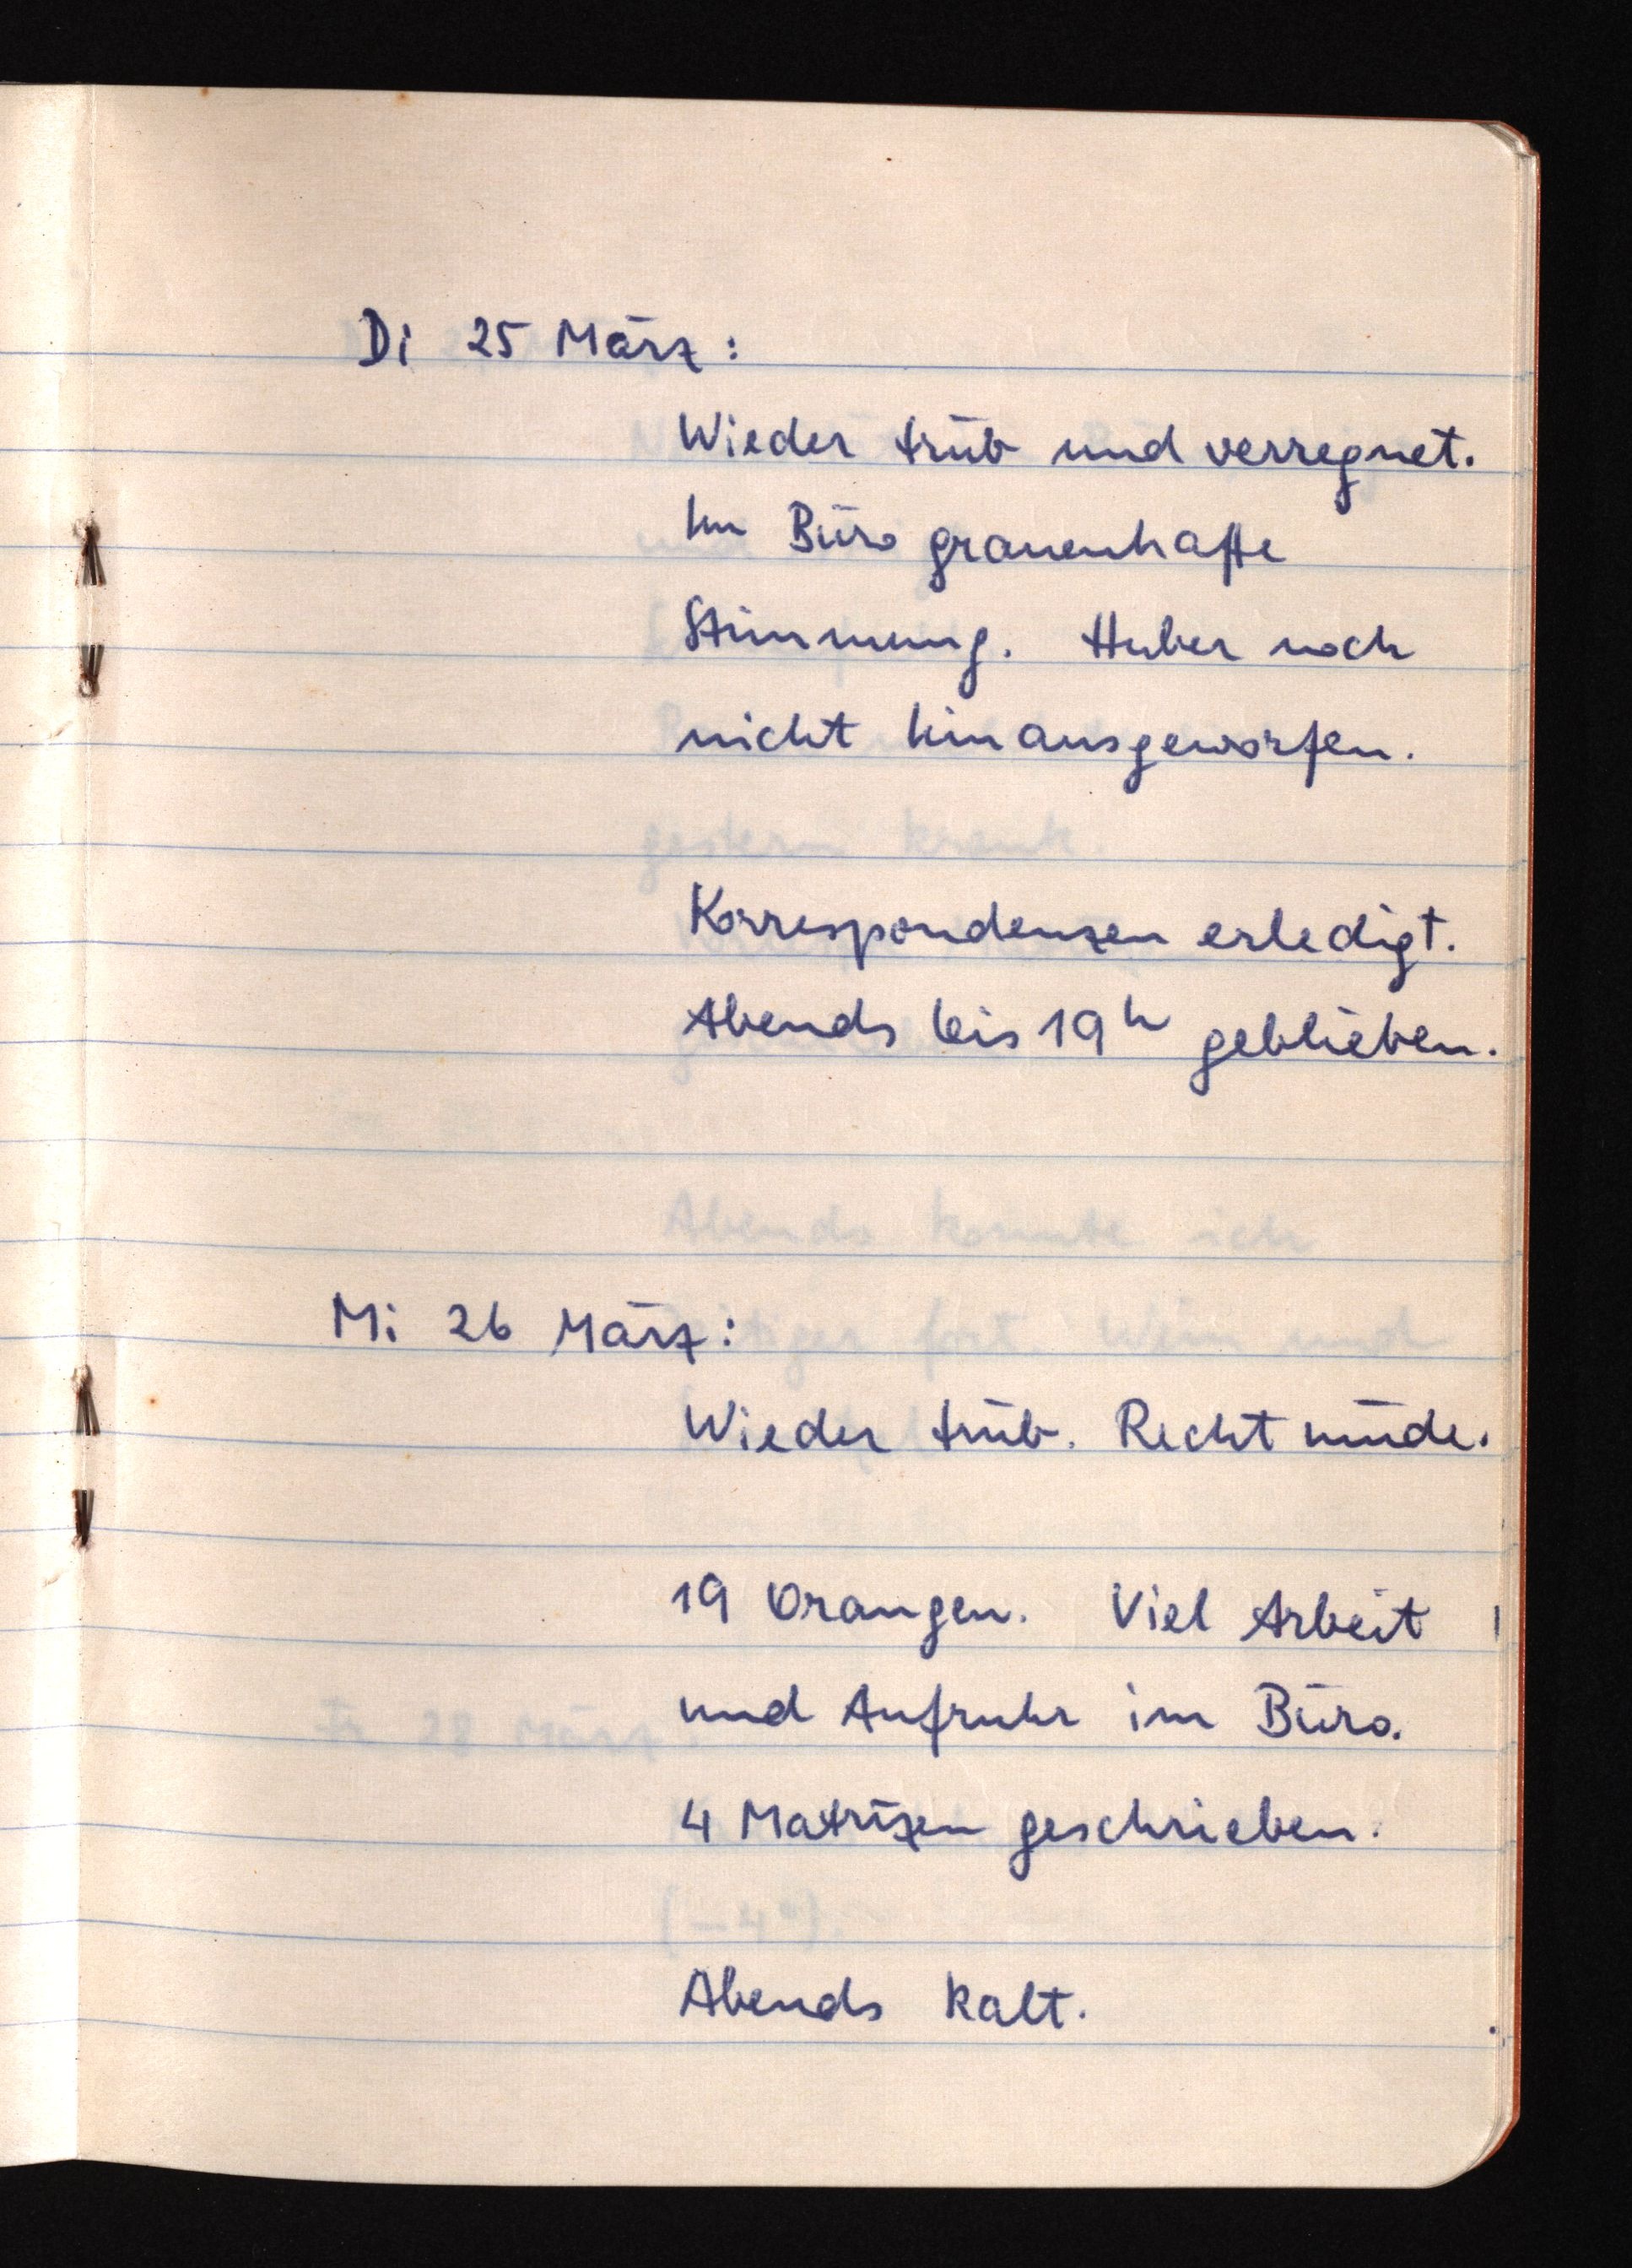
Di 25 März:
Wieder trüb und verregnet.
Im Büro grauenhafte
Stimmung. Huber noch
nicht hinausgeworfen.
Korrespondenzen erledigt.
Abends bis 19h geblieben.
Mi 26 März:
Wieder trüb. Recht müde.
19 Orangen. Viel Arbeit
und Aufruhr im Büro.
4 Matrizen geschrieben.
Abends kalt.